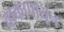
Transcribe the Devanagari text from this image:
वाकापासून